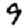
Digit: 9